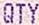
QTY